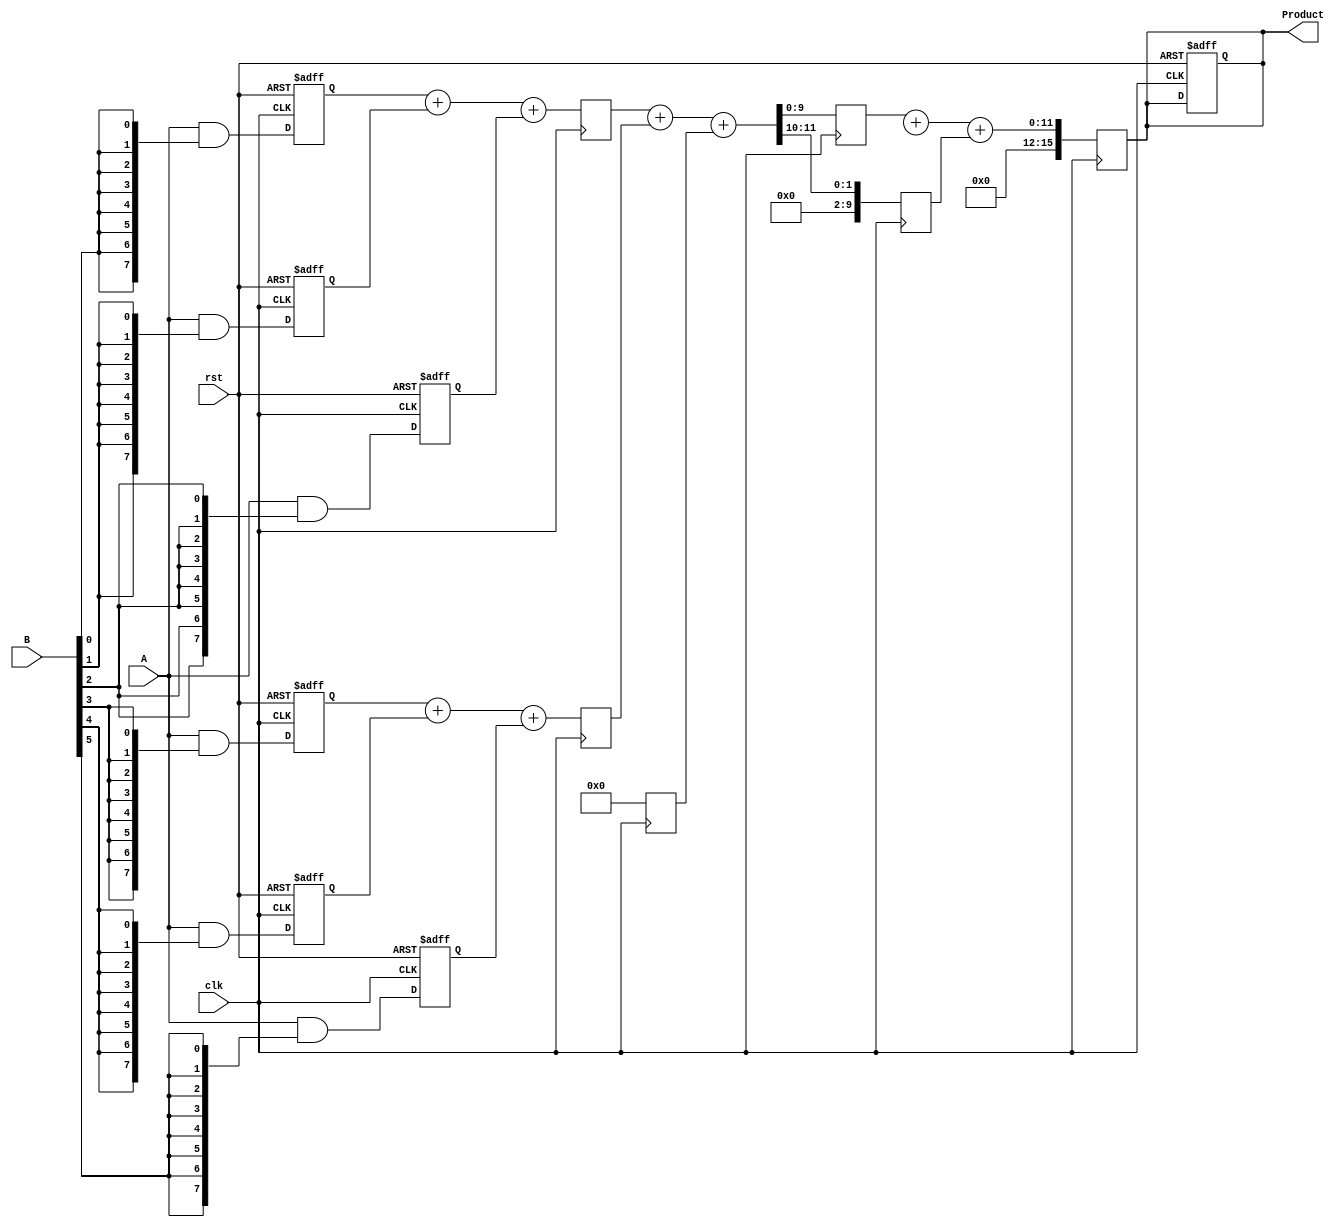
module PipelinedWallaceTreeMultiplier #(
    parameter N = 8 // Width of the inputs
) (
    input clk,
    input rst,
    input [N-1:0] A,
    input [N-1:0] B,
    output reg [2*N-1:0] Product
);

    // Intermediate signals
    reg [N-1:0] partial_products[N-1:0]; // N partial products, each N bits wide
    reg [N+1:0] sum_stage1 [N/3:0]; // Sums of first stage
    reg [N+1:0] carry_stage1 [N/3:0]; // Carries of first stage
    reg [N+1:0] sum_stage2 [N/3:0]; // Sums of second stage
    reg [N+1:0] carry_stage2 [N/3:0]; // Carries of second stage
    reg [2*N-1:0] final_sum, final_carry; // Final sum and carry

    // Stage 1: Generate Partial Products
    integer i, j;
    always @(posedge clk or posedge rst) begin
        if (rst) begin
            for (i = 0; i < N; i = i + 1) begin
                partial_products[i] <= 0;
            end
            Product <= 0;
        end else begin
            for (i = 0; i < N; i = i + 1) begin
                partial_products[i] <= A & {N{B[i]}}; // Generate partial products
            end
        end
    end

    // Stage 2: Wallace Tree Reduction (First Level)
    always @(posedge clk) begin
        for (i = 0; i < N/3; i = i + 1) begin
            {carry_stage1[i], sum_stage1[i]} = partial_products[3*i] + partial_products[3*i+1] + partial_products[3*i+2];
        end
        // Handle remaining bits
        for (i = (N/3)*3; i < N; i = i + 1) begin
            sum_stage1[N/3][i - (N/3)*3] = partial_products[i];
        end
    end

    // Stage 3: Wallace Tree Reduction (Second Level)
    always @(posedge clk) begin
        for (i = 0; i < (N/3)/2; i = i + 1) begin
            {carry_stage2[i], sum_stage2[i]} = sum_stage1[2*i] + sum_stage1[2*i+1] + carry_stage1[2*i];
        end
        // Handle remaining bits
        for (i = ((N/3)/2)*2; i < (N/3); i = i + 1) begin
            sum_stage2[(N/3)/2][i - ((N/3)/2)*2] = sum_stage1[i];
        end
    end

    // Stage 4: Final Addition
    always @(posedge clk) begin
        final_sum = sum_stage2[0] + sum_stage2[1];
        final_carry = carry_stage2[0];
        
        // Combine final sum and carry to produce the final product
        Product <= final_sum + final_carry;
    end

endmodule